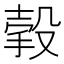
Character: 㨌